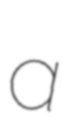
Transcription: a